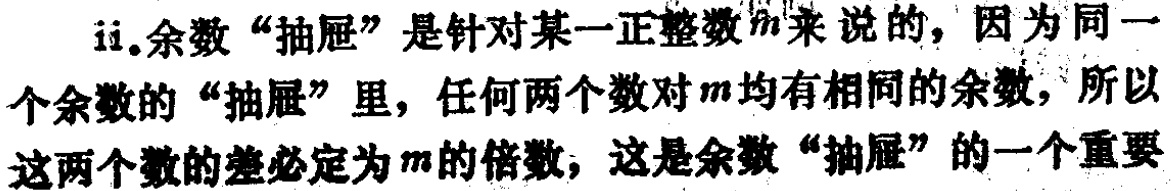
ii.余数“抽屉”是针对某一正整数\(m\)来说的，因为同一个余数的“抽屉”里，任何两个数对\(m\)均有相同的余数，所以这两个数的差必定为\(m\)的倍数，这是余数“抽屉”的一个重要